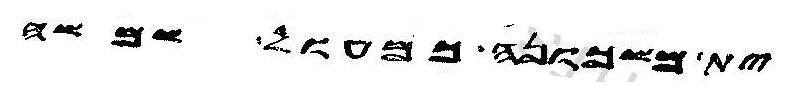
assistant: ית משכונה כמעול שמשה